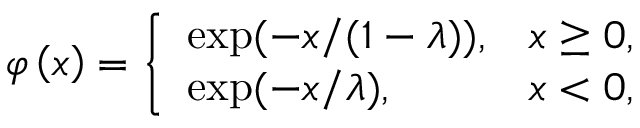
\varphi \left( x \right) = \left\{ \begin{array} { l l } { \exp ( - x / ( 1 - \lambda ) ) , } & { x \geq 0 , } \\ { \exp ( - x / \lambda ) , } & { x < 0 , } \end{array} \right.